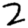
Digit: 2